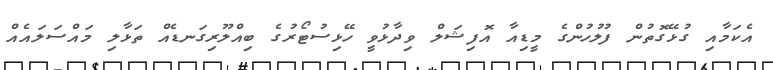
އެކަމާއި ގުޅޭގޮތުން ފުލުހުންގެ މީޑިއާ އޮފިޝަލް ވިދާޅުވީ ހޭޅިސުޓޯރުގެ ބިއްލޫރިގަނޑެއް ތަޅާލި މައްސަލައެއް